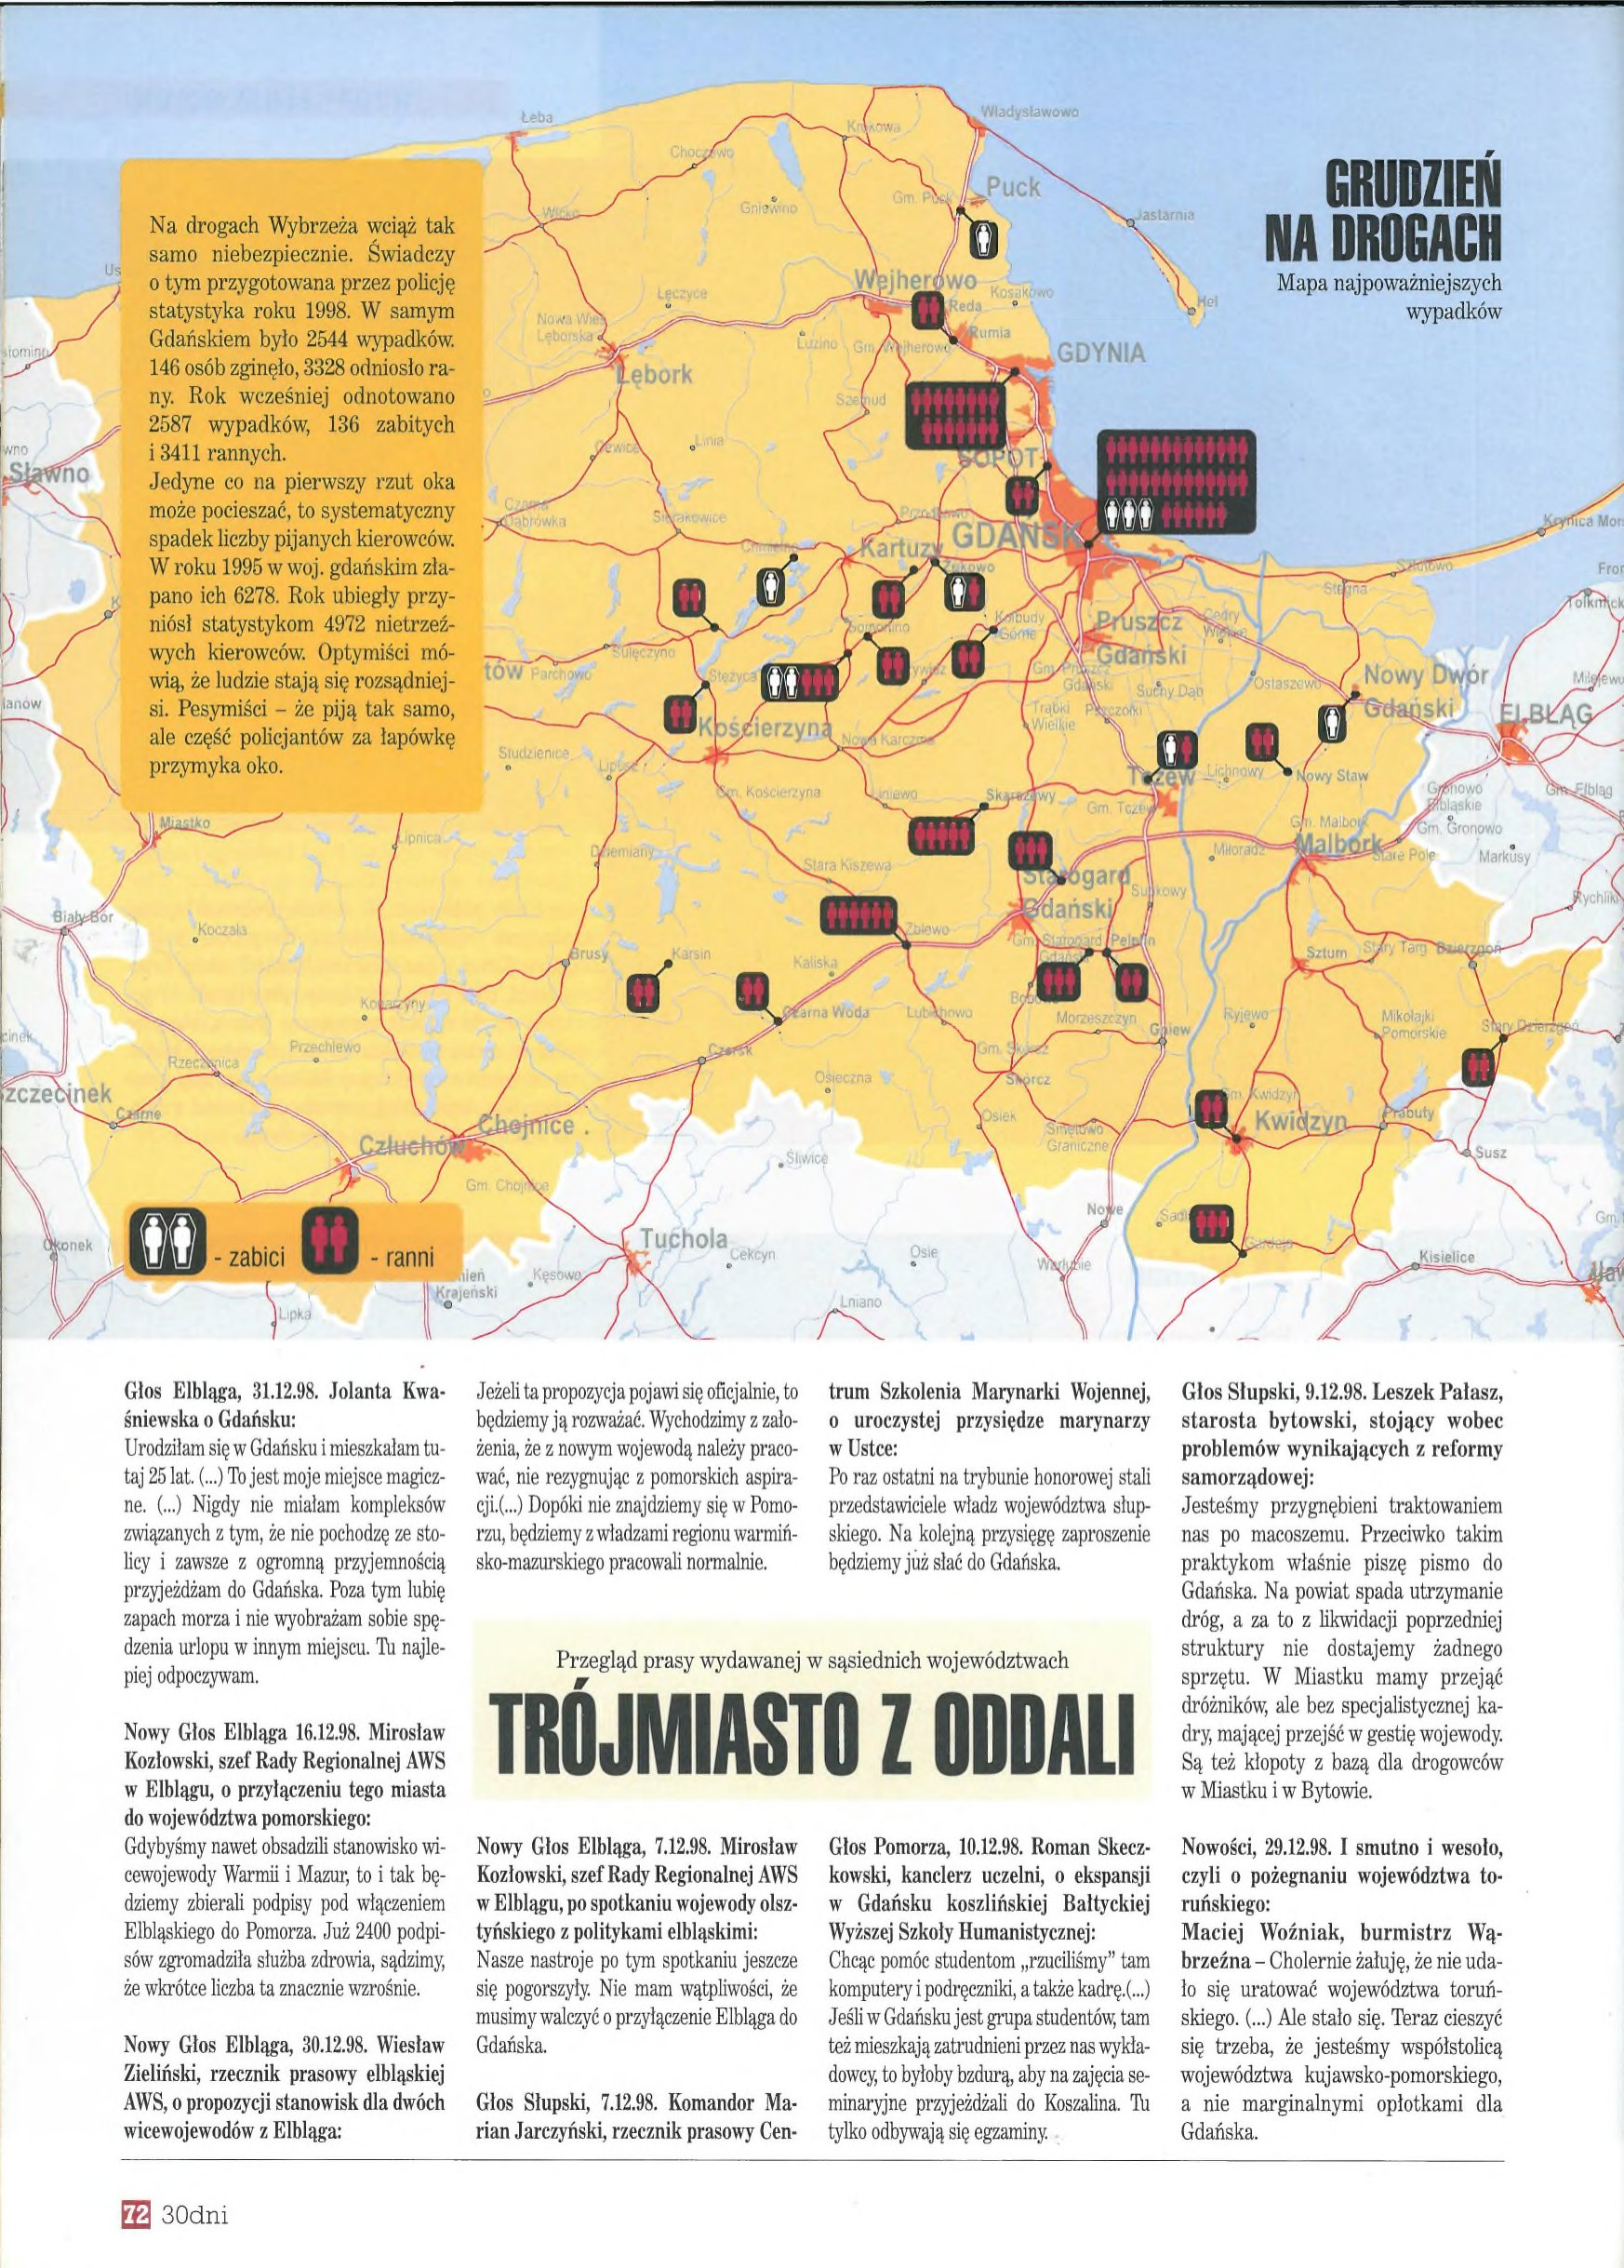
Language: pl